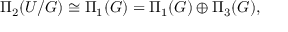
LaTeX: \Pi _ { 2 } ( { \cal U } / { \cal G } ) \cong \Pi _ { 1 } ( { \cal G } ) = \Pi _ { 1 } ( G ) \oplus \Pi _ { 3 } ( G ) ,